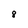
Character: 8